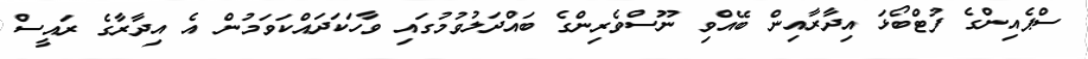
ސްޕެއިންގެ ފުޓްބޯޅަ އިދާރާއިން ބޭއްވި ނޫސްވެރިންގެ ބައްދަލުވުމުގައި ވާހަކަދައްކަވަމުން އެ އިދާރާގެ ރައީސް